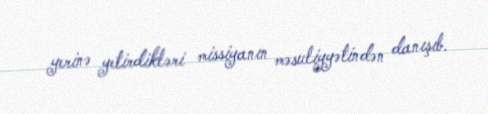
yerinə yetirdikləri missiyanın məsuliyyətindən danışıb.